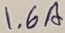
Text: 1.6A